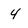
Character: 4